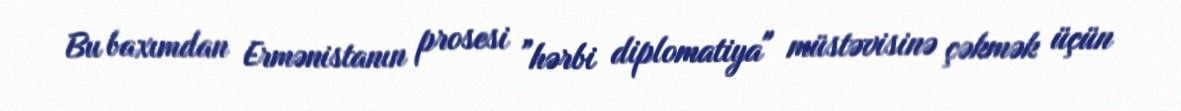
Bu baxımdan Ermənistanın prosesi ”hərbi diplomatiya" müstəvisinə çəkmək üçün